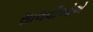
સાલવીઓએ